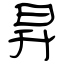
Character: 昇